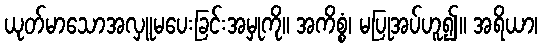
ယုတ်မာသောအလှူမပေးခြင်းအမှုကို။ အကိစ္စံ၊ မပြုအပ်ဟူ၍။ အရိယာ၊